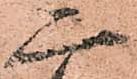
二